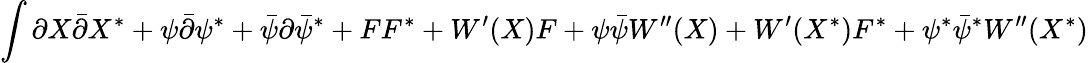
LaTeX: \int{\partial X\bar{\partial}X^{\ast}+\psi\bar{\partial}\psi^{\ast}+\bar{\psi}\partial\bar{\psi}^{\ast}+FF^{\ast}+W^{\prime}(X)F+\psi\bar{\psi}W^{\prime\prime}(X)+W^{\prime}(X^{\ast})F^{\ast}+\psi^{\ast}\bar{\psi}^{\ast}W^{\prime\prime}(X^{\ast})}